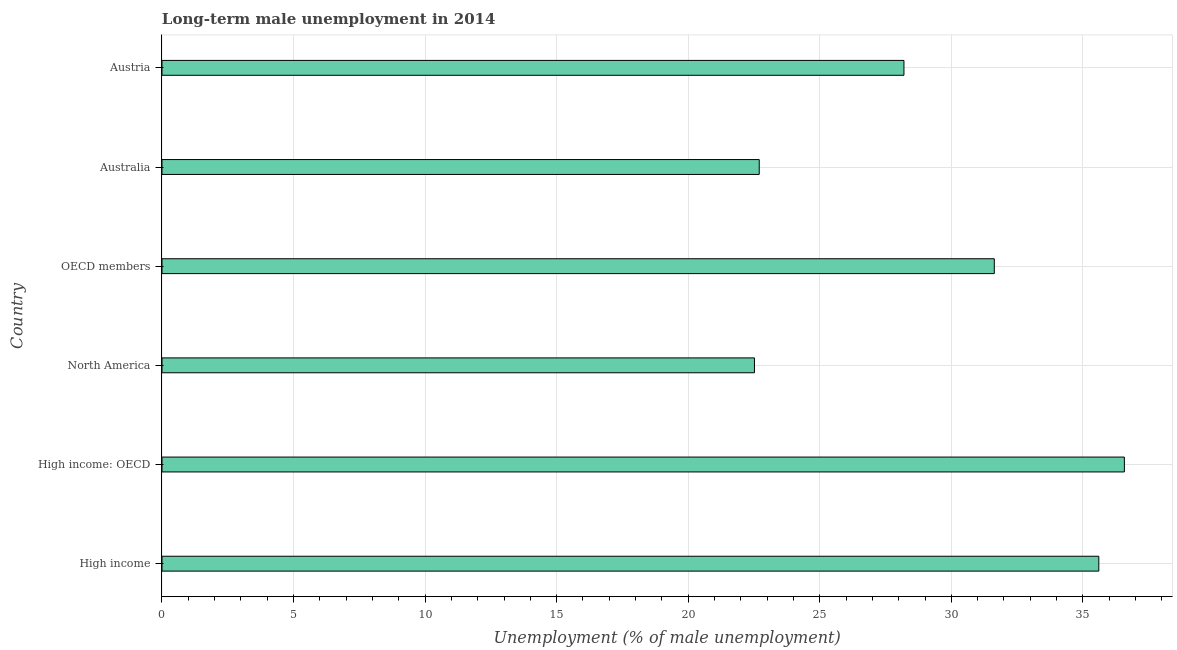
| Country | Long-term unemployment male |
 | --- | --- |
 | High income | 35.6 |
 | High income: OECD | 36.6 |
 | North America | 22.5 |
 | OECD members | 31.6 |
 | Australia | 22.7 |
 | Austria | 28.2 |